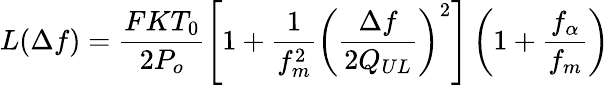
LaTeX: L(\Delta f)=\frac{FKT_{0}}{2P_{o}}\left[1+\frac{1}{f_{m}^{2}}\left(\frac{\Delta f}{2Q_{UL}}\right)^{2}\right]\left(1+\frac{f_{\alpha}}{f_{m}}\right)